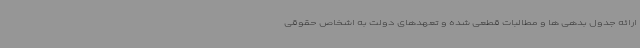
ارائه جدول بدهی ها و مطالبات قطعی شده و تعهدهای دولت به اشخاص حقوقی